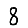
Digit: 8